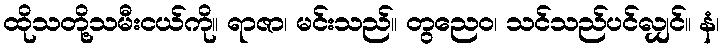
ထိုသတို့သမီးငယ်ကို။ ရာဇာ၊ မင်းသည်။ တွညေဝ၊ သင်သည်ပင်လျှင်။ နံ၊